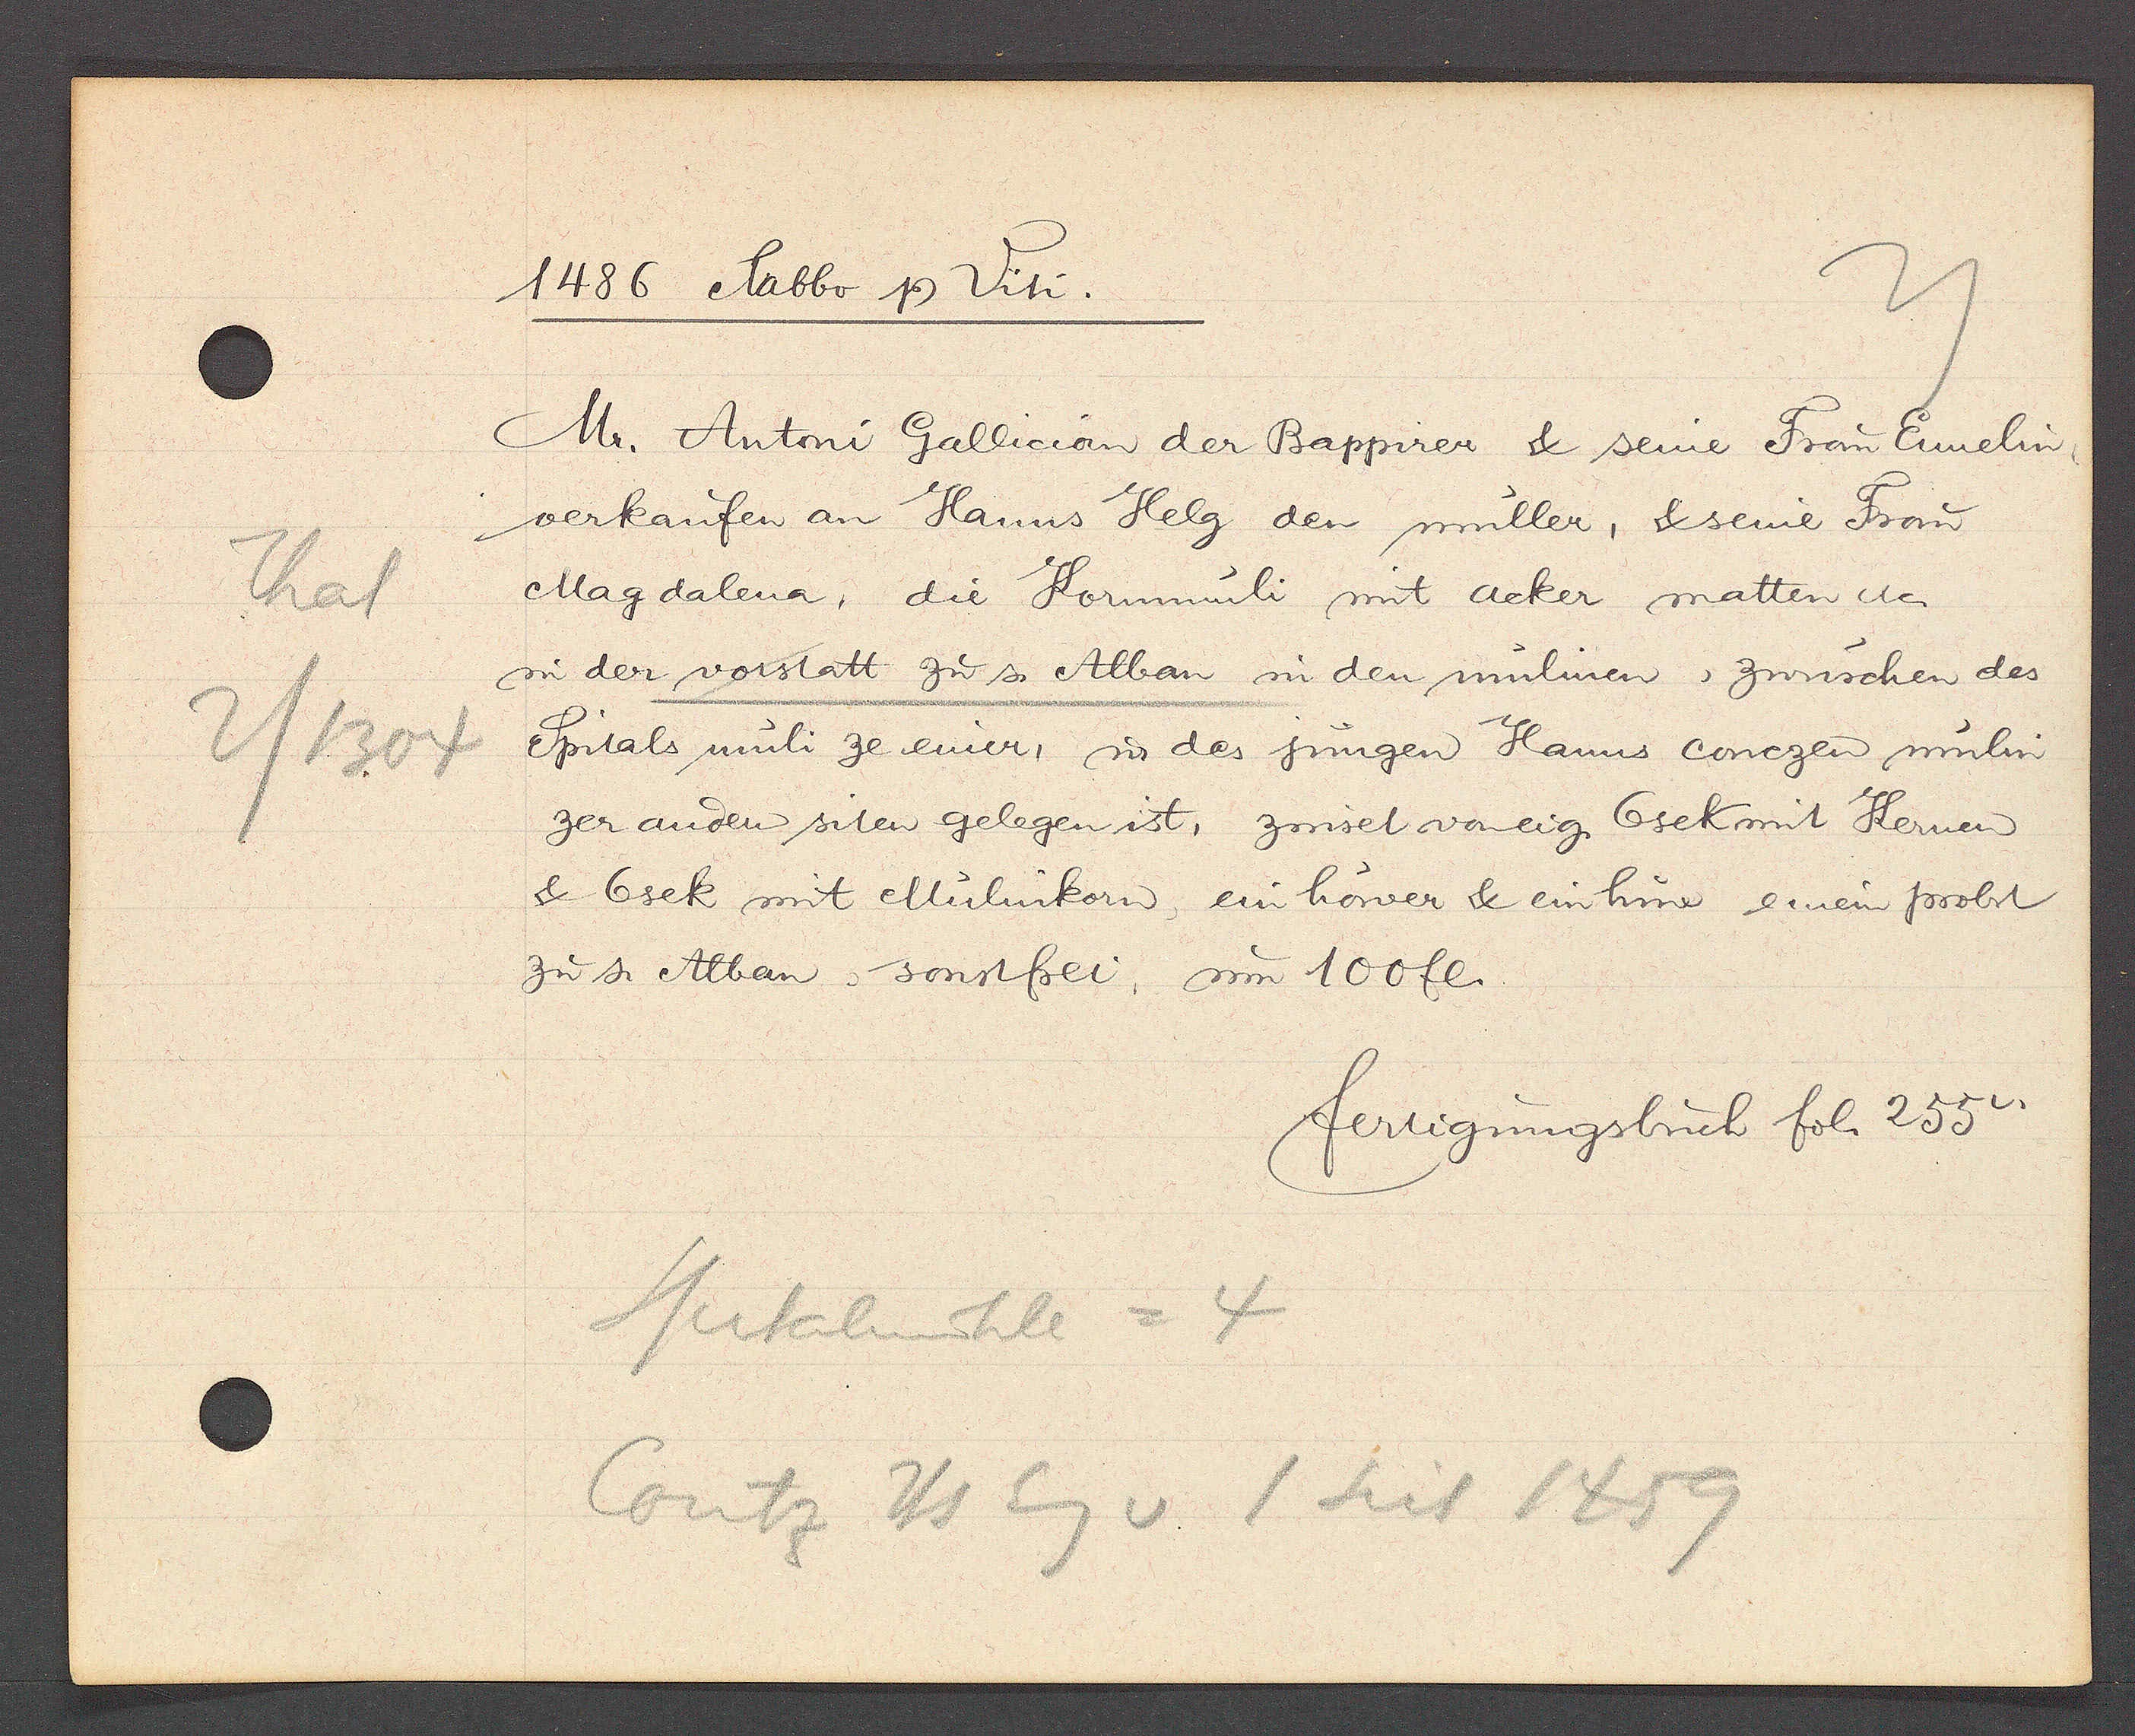
Transcript:
Thal
2/1304

1486 Sabbo Ƿ Viti.

Mr. Antoni Gallician der Bappirer & seine Frau Ennelin,
verkaufen an Hanns Helg den müller, & seine Frau
Magdalena, die Kornmüli mit acker matten der
in der vorstatt zu s. Alban in den mülinen, zwüschen des
Spitals müli ze einer, u. des jüngen Hanns conezen mülin
zer andern siten gelegen ist, zinset voneig. 6sek mit Kernen
& 6sek mit Mülinkorn, ein hower & ein hine einem probst
zu s. Alban, sonstfrei, um 100 fl.

Spitalmühle = 4
Contz Hs Eg v 1 seit 1459

fertigungsbuch fol. 255v.